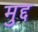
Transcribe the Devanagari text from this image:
मुद्द